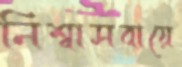
নিশ্বাসবায়ে